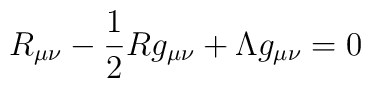
R_{\mu\nu}-\frac{1}{2}R g_{\mu\nu}+ \Lambda g_{\mu\nu}=0